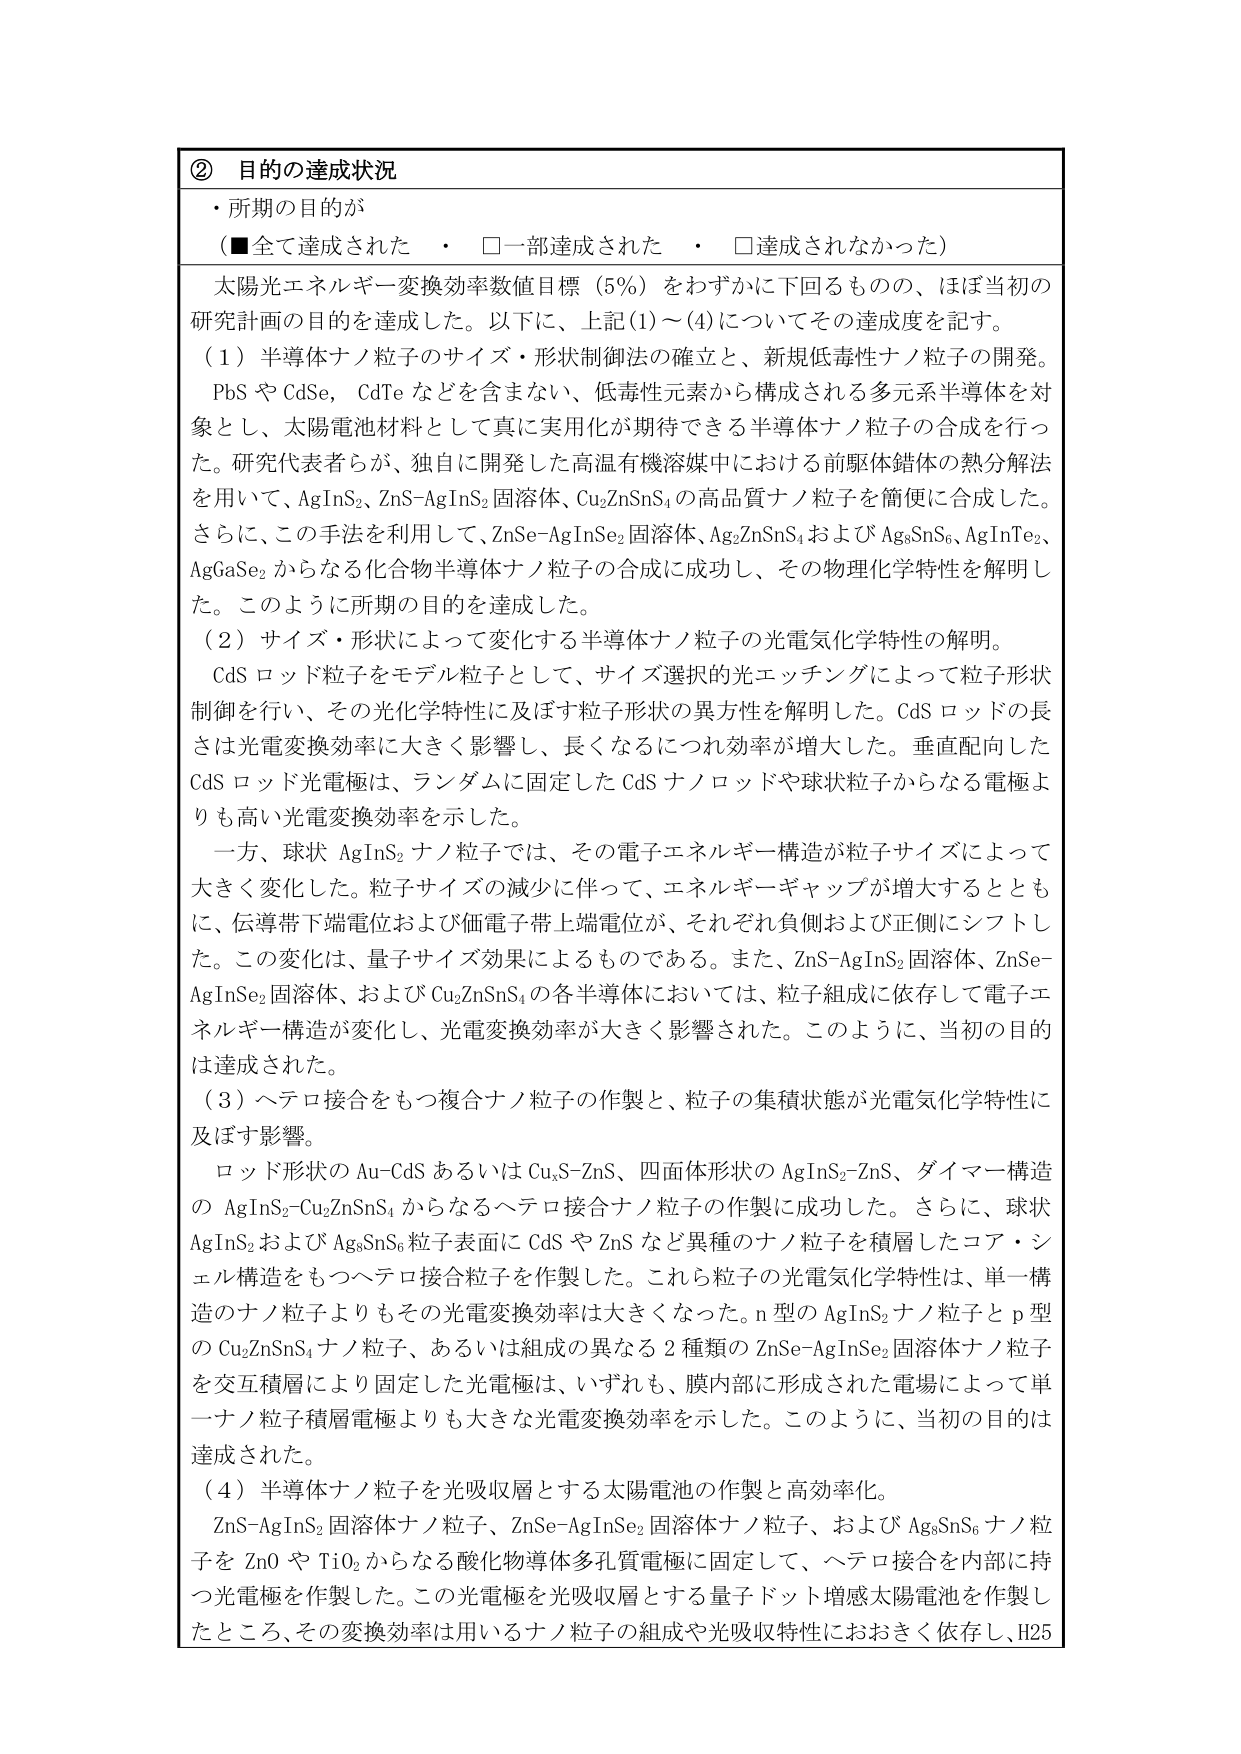
② 目的の達成状況
・所期の目的が
（■全て達成された　・　□一部達成された　・　□達成されなかった）

太陽光エネルギー変換効率数値目標（5％）をわずかに下回るものの、ほぼ当初の研究計画の目的を達成した。以下に、上記(1)～(4)についてその達成度を記す。

（1）半導体ナノ粒子のサイズ・形状制御法の確立と、新規低毒性ナノ粒子の開発。
PbS や CdSe, CdTe などを含まない、低毒性元素から構成される多元系半導体を対象とし、太陽電池材料として真に実用化が期待できる半導体ナノ粒子の合成を行った。研究代表者らが、独自に開発した高温有機溶媒中における前駆体錯体の熱分解法を用いて、AgInS₂、ZnS-AgInS₂ 固溶体、Cu₂ZnSnS₄ の高品質ナノ粒子を簡便に合成した。さらに、この手法を利用して、ZnSe-AgInSe₂ 固溶体、Ag₂ZnSnS₄ および Ag₈SnS₆、AgInTe₂、AgGaSe₂ からなる化合物半導体ナノ粒子の合成に成功し、その物理化学特性を解明した。このように所期の目的を達成した。

（2）サイズ・形状によって変化する半導体ナノ粒子の光電気化学特性の解明。
CdS ロッド粒子をモデル粒子として、サイズ選択的光エッチングによって粒子形状制御を行い、その光化学特性に及ぼす粒子形状の異方性を解明した。CdS ロッドの長さは光電変換効率に大きく影響し、長くなるにつれ効率が増大した。垂直配向した CdS ロッド光電極は、ランダムに固定した CdS ナノロッドや球状粒子からなる電極よりも高い光電変換効率を示した。

一方、球状 AgInS₂ ナノ粒子では、その電子エネルギー構造が粒子サイズによって大きく変化した。粒子サイズの減少に伴って、エネルギーギャップが増大するとともに、伝導帯下端電位および価電子帯上端電位が、それぞれ負側および正側にシフトした。この変化は、量子サイズ効果によるものである。また、ZnS-AgInS₂ 固溶体、ZnSe-AgInSe₂ 固溶体、および Cu₂ZnSnS₄ の各半導体においては、粒子組成に依存して電子エネルギー構造が変化し、光電変換効率が大きく影響された。このように、当初の目的は達成された。

（3）ヘテロ接合をもつ複合ナノ粒子の作製と、粒子の集積状態が光電気化学特性に及ぼす影響。
ロッド形状の Au-CdS あるいは Cu₂S-ZnS、四面体形状の AgInS₂-ZnS、ダイマー構造の AgInS₂-Cu₂ZnSnS₄ からなるヘテロ接合ナノ粒子の作製に成功した。さらに、球状 AgInS₂ および Ag₈SnS₆ 粒子表面に CdS や ZnS など異種のナノ粒子を積層したコア・シェル構造をもつヘテロ接合粒子を作製した。これら粒子の光電気化学特性は、単一構造のナノ粒子よりもその光電変換効率は大きくなった。n 型の AgInS₂ ナノ粒子と p 型の Cu₂ZnSnS₄ ナノ粒子、あるいは組成の異なる 2 種類の ZnSe-AgInSe₂ 固溶体ナノ粒子を交互積層により固定した光電極は、いずれも、膜内部に形成された電場によって単一ナノ粒子積層電極よりも大きな光電変換効率を示した。このように、当初の目的は達成された。

（4）半導体ナノ粒子を光吸収層とする太陽電池の作製と高効率化。
ZnS-AgInS₂ 固溶体ナノ粒子、ZnSe-AgInSe₂ 固溶体ナノ粒子、および Ag₈SnS₆ ナノ粒子を ZnO や TiO₂ からなる酸化物導体多孔質電極に固定して、ヘテロ接合を内部に持つ光電極を作製した。この光電極を光吸収層とする量子ドット増感太陽電池を作製したところ、その変換効率は用いるナノ粒子の組成や光吸収特性におおきく依存し、H25